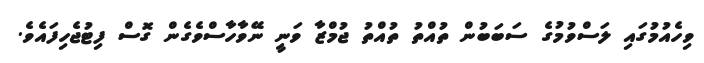
ވިހެއުމުގައި ލަސްވުމުގެ ސަބަބުން ތުއްތު ތުއްތު ޖުމްޒާ ވަނީ ނޭވާހާސްވެގެން ގޮސް ފިޓުޖެހިފައެވެ.